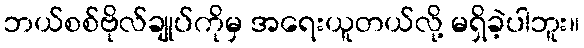
ဘယ်စစ်ဗိုလ်ချုပ်ကိုမှ အရေးယူတယ်လို့ မရှိခဲ့ပါဘူး။